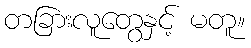
တခြားလူတွေနှင့် မတူ။